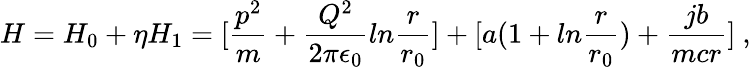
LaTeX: H=H_{0}+\eta H_{1}=[{\frac{p^{2}}{m}}+{\frac{Q^{2}}{2\pi\epsilon_{0}}}ln{\frac{r}{r_{0}}}]+[a(1+ln{\frac{r}{r_{0}}})+{\frac{jb}{mcr}}]~,